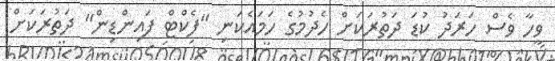
ވީހާ ވެސް ހަރަދު ކުޑަ ދަތުރަކަށް ހެދުމުގެ ހަމައެކަނި "ފެކްޓް ފައިންޑިން" ދަތުރަކަށް